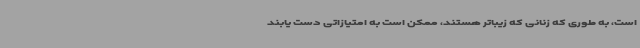
است، به طوری که زنانی که زیباتر هستند، ممکن است به امتیازاتی دست یابند